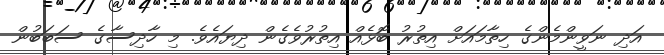
އަދި ނަވީންމެންގެ ހިތާމައަށް އިތުރު ބޮޅެއް އިތުރުވެގެން ދިޔައެވެ. މި ހާދިސާގެ ސަބަބުން